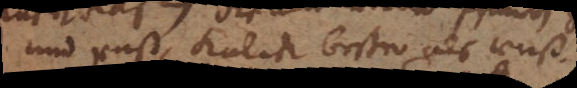
und ruß, kalck beßer als ruß.